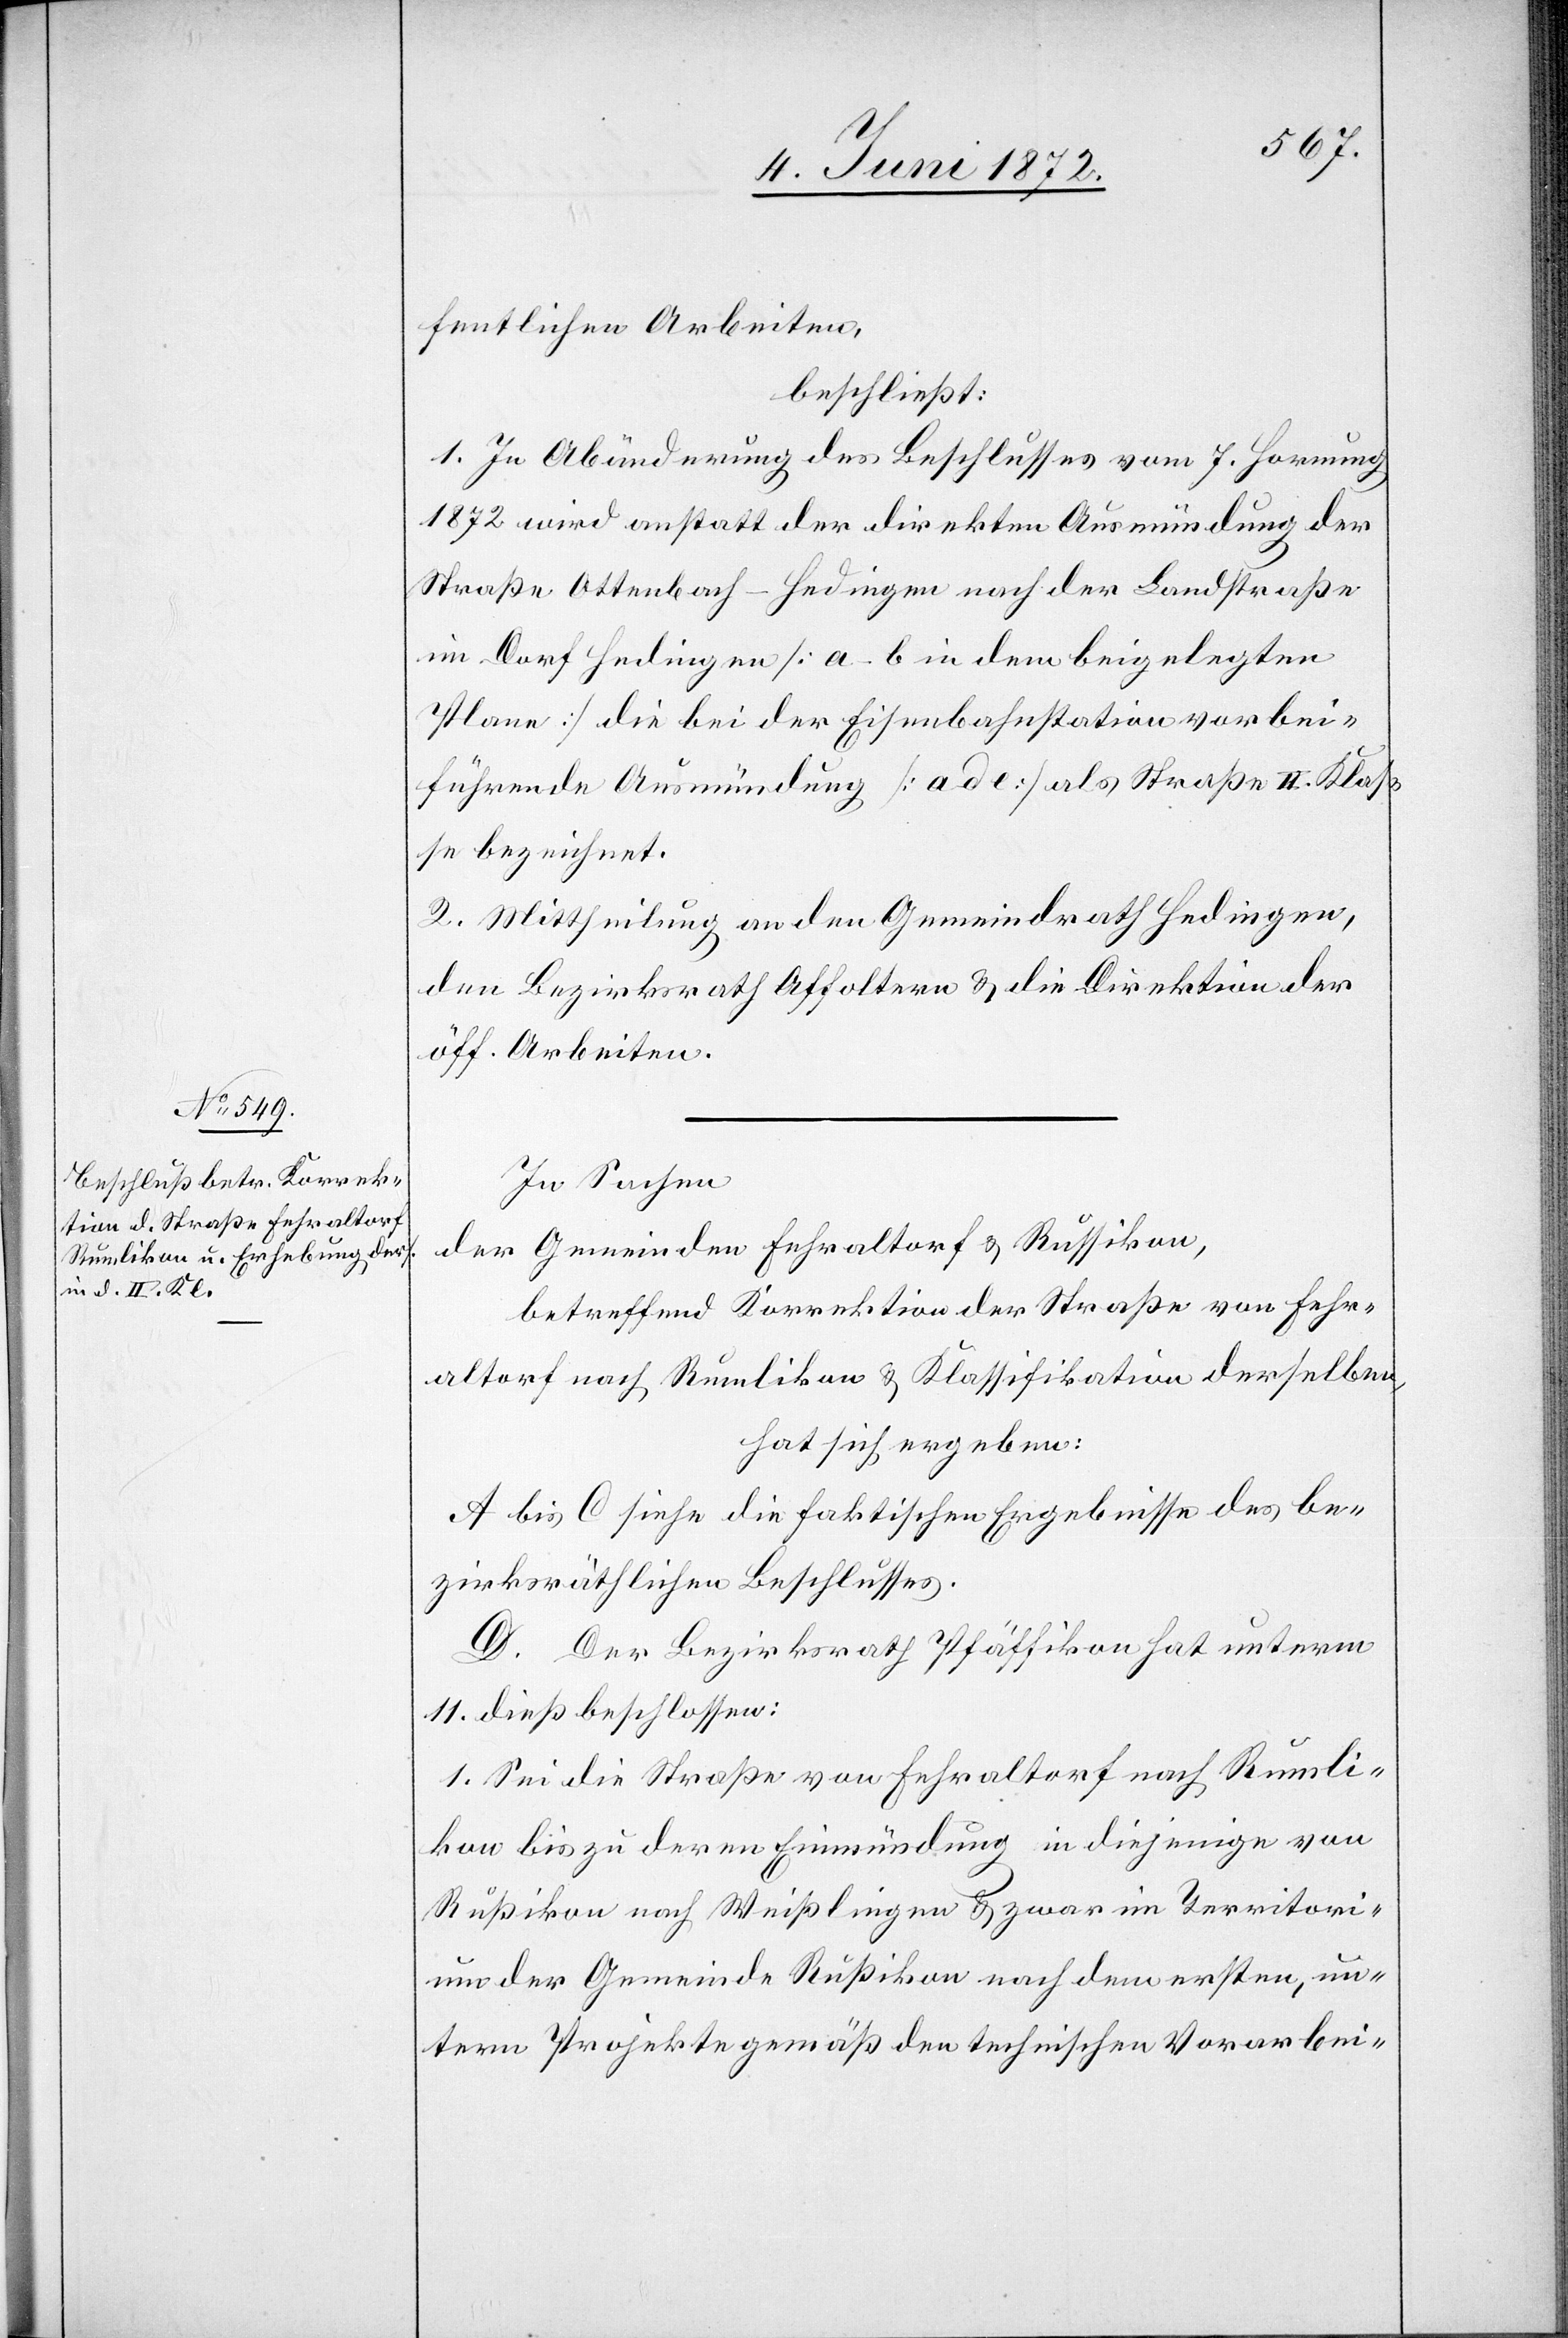
fentlichen Arbeiten,
beschließt:
1. In Abänderung des Beschlusses vom 7. Hornung
1872 wird anstatt der direkten Ausmündung der
Straße Ottenbach–Hedingen nach der Landstraße
im Dorf Hedingen [a–b in dem beigelegten
Plane] die bei der Eisenbahnstation vorbei¬
führende Ausmündung [a d e] als Straße II. Klas¬
se bezeichnet.
2. Mittheilung an den Gemeindrath Hedingen,
den Bezirksrath Affoltern u. die Direktion der
öff. Arbeiten.
In Sachen
der Gemeinden Fehraltorf u. Russikon,
betreffend Korrektion der Straße von Fehr¬
altorf nach Rumlikon u. Klassifikation derselben,
hat sich ergeben:
A bis C siehe die faktischen Ergebnisse des be¬
zirksräthlichen Beschlusses.
D. Der Bezirksrath Pfäffikon hat unterm
11. dieß beschlossen:
1. Sei die Straße von Fehraltorf nach Rumli¬
kon bis zu deren Einmündung in diejenige von
Rußikon nach Weißlingen u. zwar im Territori¬
um der Gemeinde Rußikon nach dem ersten, un¬
term Projekte gemäß den technischen Vorarbei-